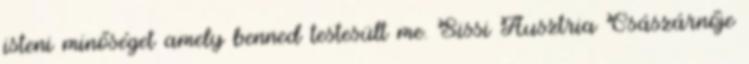
isteni minőséget amely benned testesült me. Sissi Ausztria Császárnője